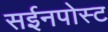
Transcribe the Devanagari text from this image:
सईनपोस्ट